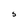
Character: s